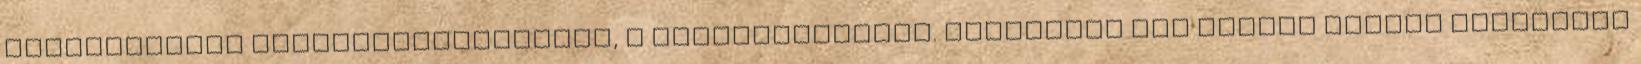
megerősített titkosrendőrségnek, a Szekuritáténak. Erdélyben egy kisebb magyar fegyveres